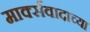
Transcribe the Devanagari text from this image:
मार्क्सवादाच्या